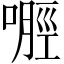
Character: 𪡿